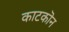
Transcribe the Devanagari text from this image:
काटकॊन